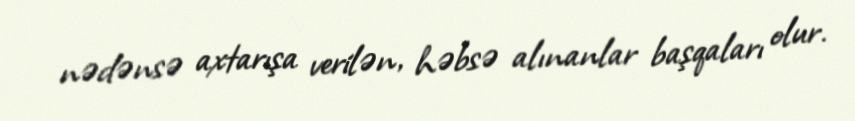
nədənsə axtarışa verilən, həbsə alınanlar başqaları olur.